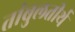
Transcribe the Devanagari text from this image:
तांबुलतीर्थ